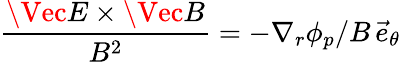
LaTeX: \displaystyle\frac{\Vec{E}\times\Vec{B}}{B^{2}}=-\nabla_{r}\phi_{p}/B\, \vec{e}_{\theta}